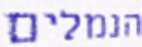
הנמלים